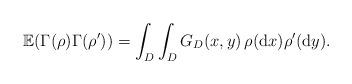
LaTeX: \begin{align*}\mathbb{E}(\Gamma(\rho)\Gamma(\rho'))=\int_D\int_D G_D(x,y) \,\rho(\mathrm{d}x) \rho'(\mathrm{d}y).\end{align*}